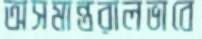
অসমান্তরালভাবে